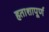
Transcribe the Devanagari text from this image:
हताशापूर्ण